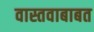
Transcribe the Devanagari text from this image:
वास्तवाबाबत